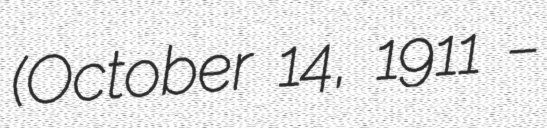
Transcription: (October 14, 1911 –